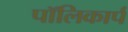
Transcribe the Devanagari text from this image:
पॉलिकार्प